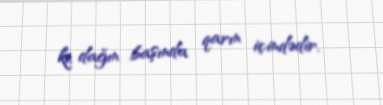
ki, dağın başında qarın içindədir.